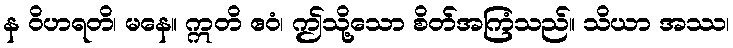
န ဝိဟရတိ၊ မနေ။ ဣတိ ဧဝံ၊ ဤသို့သော စိတ်အကြံသည်။ သိယာ အဿ၊